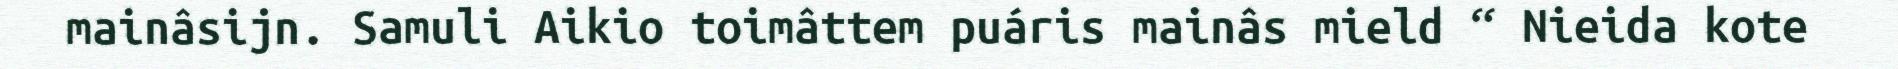
mainâsijn. Samuli Aikio toimâttem puáris mainâs mield “ Nieida kote